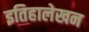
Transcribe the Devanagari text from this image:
इतिहालेखन